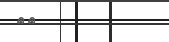
١٣